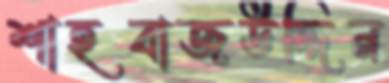
শাহবাজউদ্দিন